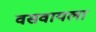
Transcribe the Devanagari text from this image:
वसवायला